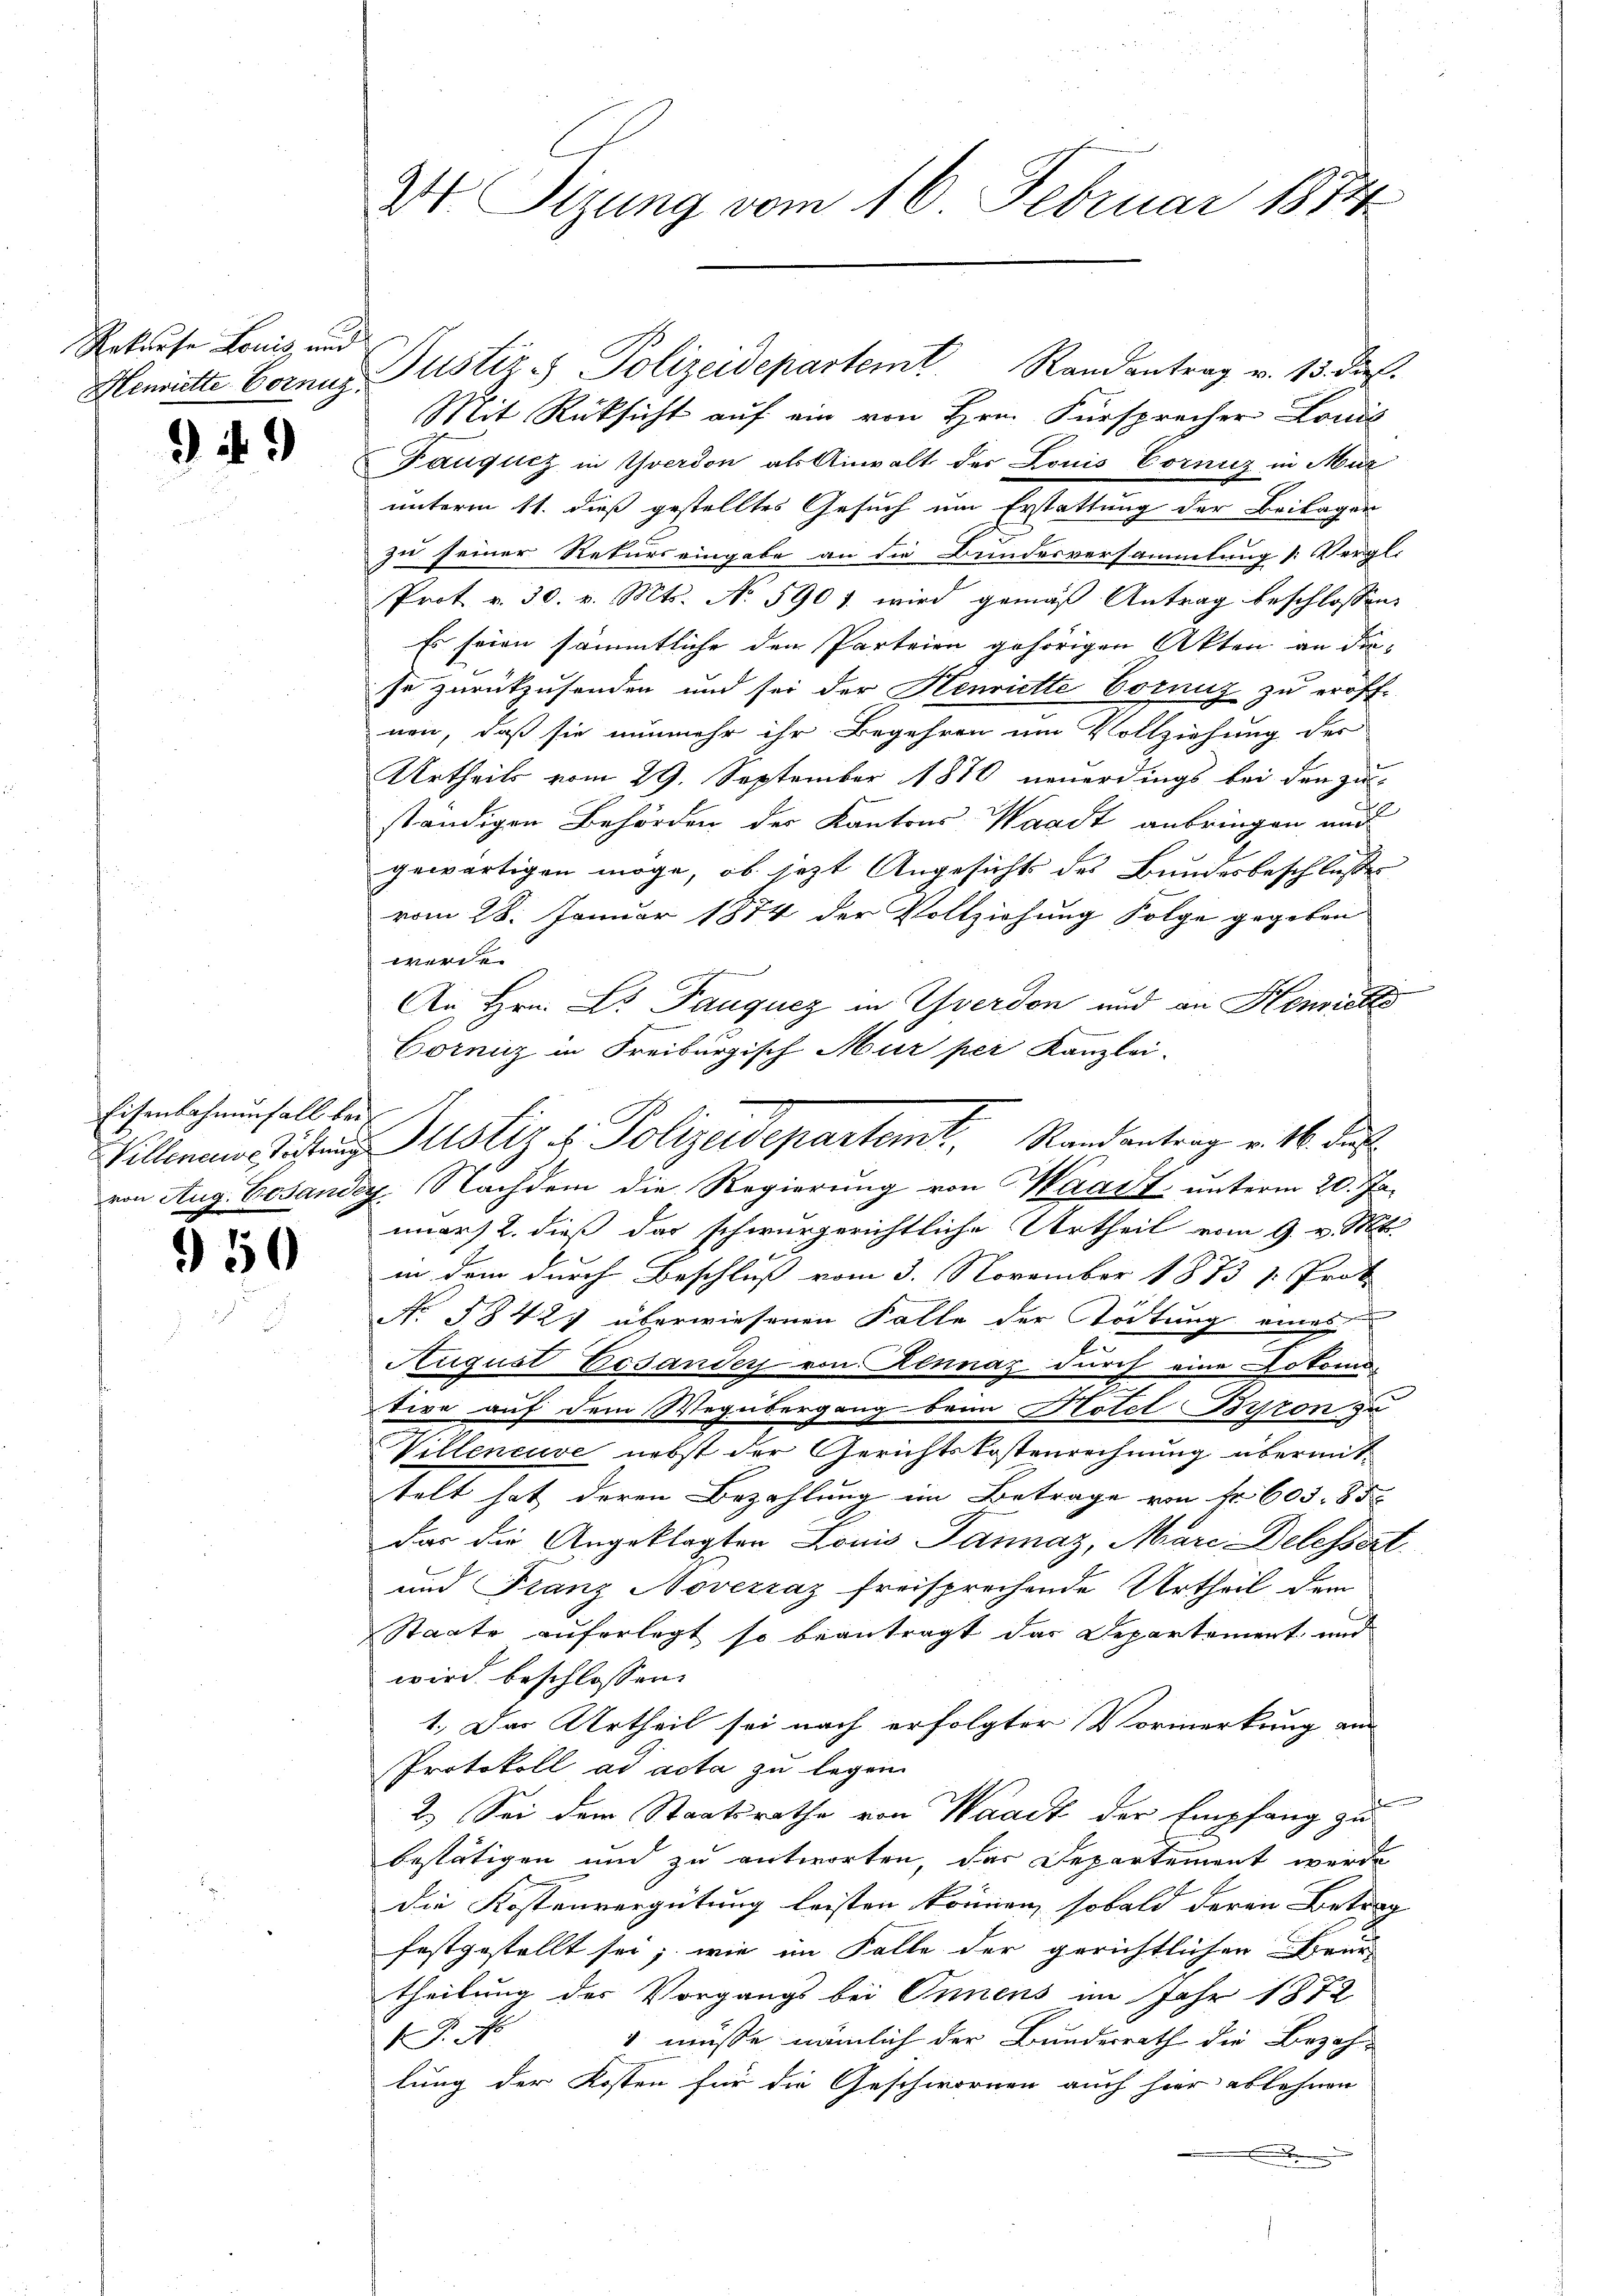
Erkaufe Louis, und
Henriette Cornig.

949

.

Eisenbahnenfall bei
Villeneuve Töchtung
von Aug. Besande

950

¼ Sizung vom 16. Februar 1874

Justiz - Polizeidepartem Randantrag v. 15. ds.
Mit Rücksicht auf ein von Hrn. Fürsprecher Louis
Gaugutz in Yverdon als Anwalt der Louis Corniz in Mur
unterm 11. dieß gestelltes Gesuch um Erstattung der Beilagen
zu seiner Rekurs eingabe an die Bundesversammlung (: Vergli
Prot v. 30. v. Mts. No 590 f. wird gemäß Antrag beschlossen:
Es seien sämmtliche den Parteien gehörigen Akten an diese zurückzusenden und sei der Henriette Corniz zu eröffnen, daß sie nunmehr ihr Begehren um Vollziehung der
Urtheils vom 29. September 1870 neuerdings bei den zu-
ständigen Behörden der Kantons Waadt anbringen und
gewärtigen möge, ob jezt Angesichts des Bundesbeschlusses
vom 28. Januar 1874 der Vollziehung Folge gegeben
werde
An Hrn. Dr. Pauqucz in Yverdon und an Henrichte
Corniz in Freiburgisch Mur per Kanzlei-
Justiz & Polizadepartemt. Stand antrag v. M. das
4. Nachdem die Regierung von Waadt, unterm 20. Ja-
mars 2. dieß das schwurgerichtliche Urtheil vom 9. v. Mts.
in dem durch Beschluß vom 3. November 1873 /: Prot.
No. 5842) überwiesenen Falle der Tödtung eines
August Gesander von Rennaz durch eine Lokomo-
tive auf dem Wegübergang beim Hotel Porton u
Willeneuve nebst der Gerichtskostenrechnung überanttelt hat deren Bezahlung im Betrage von Fr. 605. 85.
das die Angeklagten Louis Tannaz, Marc Delessert
und Franz Novezzaz freisprechende Urtheil dem
Staate auferlegt so beantragt das Departement, und
wird beschlossen:
1.) Das Urtheil sei nach erfolgter Vormerkung an
Protokoll ad acta zu legen.

2.) Sei dem Staatsrathe von Waadt der Empfang zu
bestätigen und zu antworten, das Departement werde
die Kostenvergütung leisten können, sobald deren Betrag
festgestellt sei; wie im Falle der gerichtlichen Brun
theilung der Vorgangs bei Innens im Jahr 1872
 müsse nämlich der Bundesrath die Bezah-
F. J.
lung der Kosten für die Geschwornen auch hier ablehnen
.